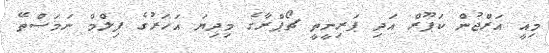
މިއީ އަރްޖުން ކަޕޫރް އަދި ޕަރިނީތީ ޗޯޕްރާގެ މިދިޔަ އަހަރުގެ ފިލްމް ނަމަސްތޭ